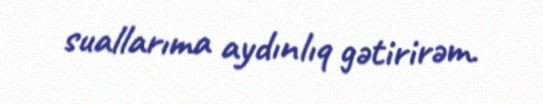
suallarıma aydınlıq gətirirəm.